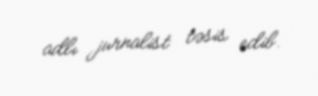
adlı jurnalist təsis edib.